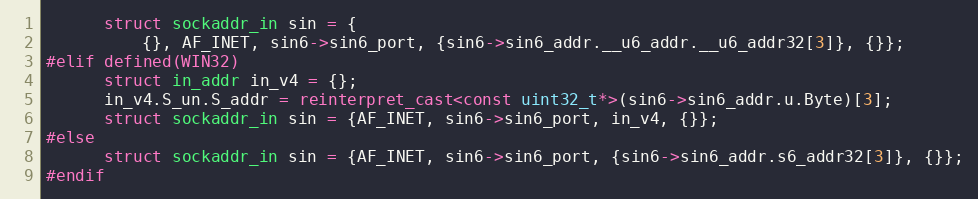
Language: C++
      struct sockaddr_in sin = {
          {}, AF_INET, sin6->sin6_port, {sin6->sin6_addr.__u6_addr.__u6_addr32[3]}, {}};
#elif defined(WIN32)
      struct in_addr in_v4 = {};
      in_v4.S_un.S_addr = reinterpret_cast<const uint32_t*>(sin6->sin6_addr.u.Byte)[3];
      struct sockaddr_in sin = {AF_INET, sin6->sin6_port, in_v4, {}};
#else
      struct sockaddr_in sin = {AF_INET, sin6->sin6_port, {sin6->sin6_addr.s6_addr32[3]}, {}};
#endif